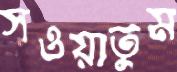
সওয়াতুম